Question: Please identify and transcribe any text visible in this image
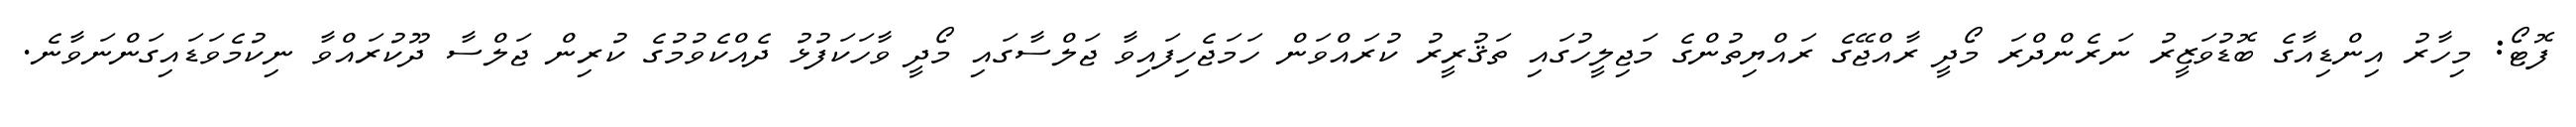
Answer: ފޮޓޯ: މިހާރު އިންޑިއާގެ ބޮޑުވަޒީރު ނަރެންދްރަ މޯދީ ރާއްޖޭގެ ރައްޔިތުންގެ މަޖިލީހުގައި ތަޤުރީރު ކުރައްވަން ހަމަޖެހިފައިވާ ޖަލްސާގައި މޯދީ ވާހަކަފުޅު ދެއްކެވުމުގެ ކުރިން ޖަލްސާ ދޫކުރައްވާ ނިކުމެވަޑައިގަންނަވާނެ.